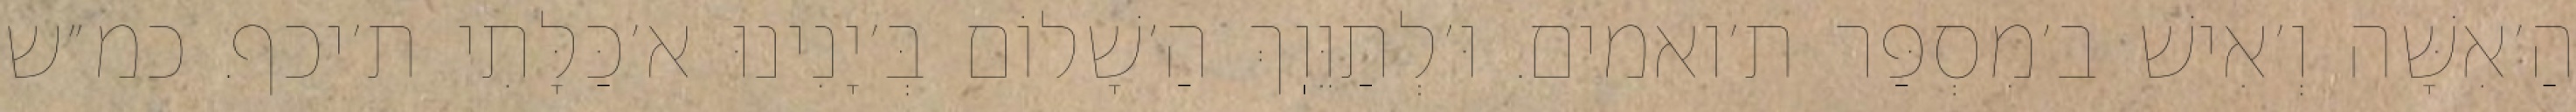
הַ׳אִשָּׁה וְ׳אִישׁ ב׳מִסְפַּר ת׳ואמים. וּ׳לְתַוֵּוֽךְ הַ׳שָׁלוֹם בְּ׳יָנִינוּ א׳כַּלָּתִי ת׳יכף. כמ״ש